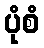
ပုံစံ